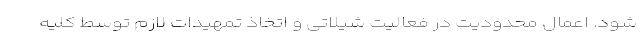
شود. اعمال محدودیت در فعالیت شیلاتی و اتخاذ تمهیدات لازم توسط کلیه